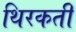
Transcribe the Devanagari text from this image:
थिरकतीं